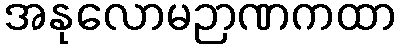
အနုလောမဉာဏကထာ